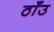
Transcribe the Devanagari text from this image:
ठाँउ